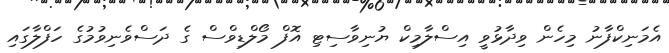
އެމަނިކްފާނު މިހެން ވިދާޅުވީ އިސްލާމިކް ޔުނިވާސިޓި އޮފް މޯލްޑިވްސް ގެ ދަސްވެނިވުމުގެ ހަފްލާގައި